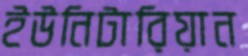
ইউনিটারিয়ান